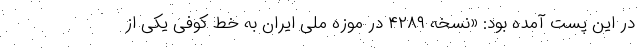
در این پست آمده بود: «نسخه ۴۲۸۹ در موزه ملی ایران به خط کوفی یکی از